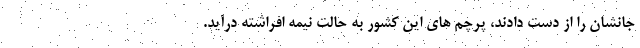
جانشان را از دست دادند، پرچم های این کشور به حالت نیمه افراشته درآید.